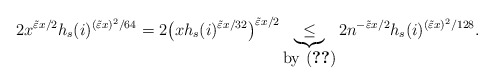
\begin{align*} 2x^{ \tilde \varepsilon x/ 2}h_s(i)^{(\tilde\varepsilon x)^2/64}=2 \big( x h_s(i)^{ \tilde \varepsilon x / 32 } \big)^{ \tilde \varepsilon x /2 } \underbrace{\le}_{\mbox{by \eqref{eq: Probhx0}}} 2 n^{- \tilde \varepsilon x / 2} h_s(i)^{ ( \tilde \varepsilon x )^2 /128 }.\end{align*}